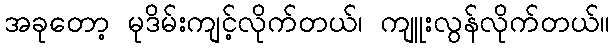
အခုတော့ မုဒိမ်းကျင့်လိုက်တယ်၊ ကျူးလွန်လိုက်တယ်။